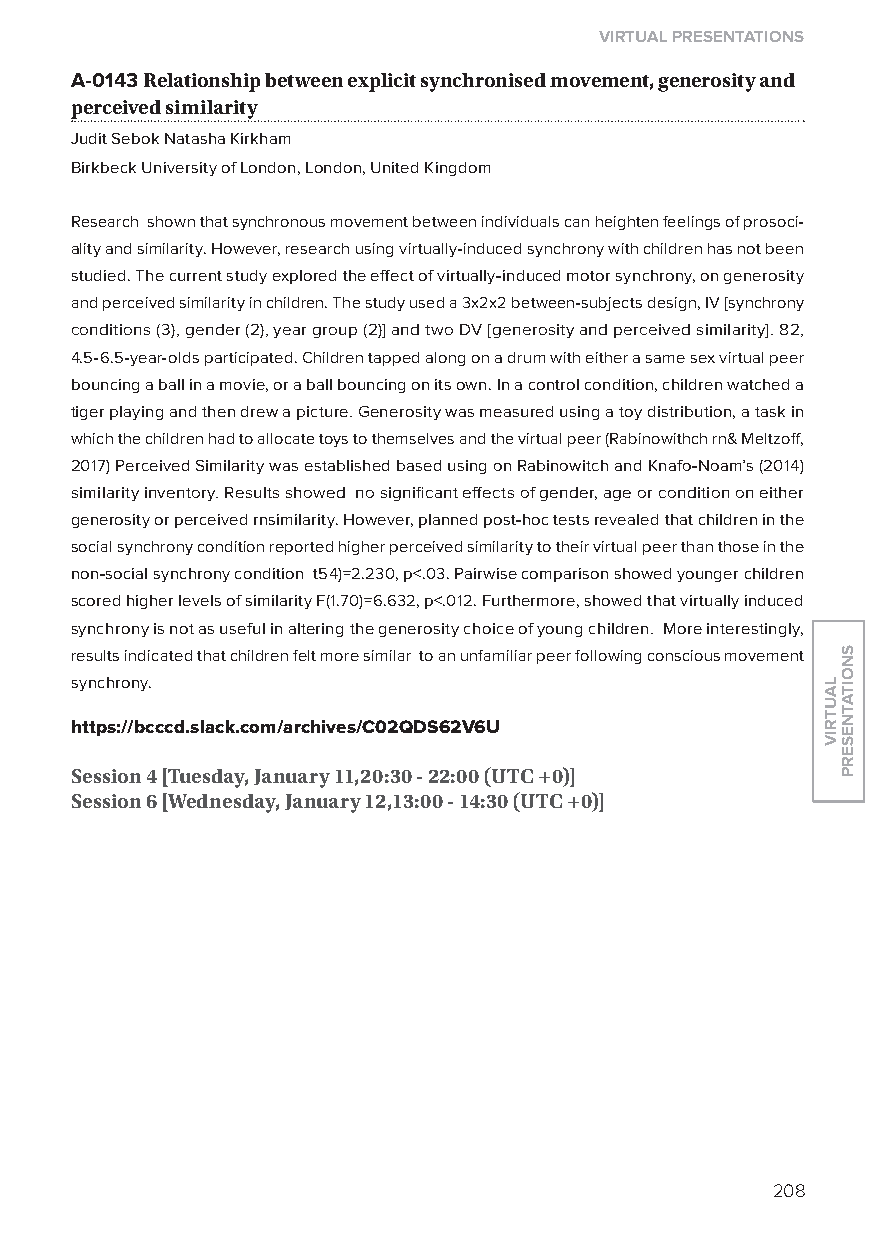
virtual presentations
 A-0143 relationship between explicit synchronised movement, generosity and
 perceived similarity
 Judit Sebok Natasha Kirkham
 Birkbeck University of london, london, United Kingdom
 Research shown that synchronous movement between individuals can heighten feelings of prosoci-
 ality and similarity. However, research using virtually-induced synchrony with children has not been
 studied. The current study explored the effect of virtually-induced motor synchrony, on generosity
 and perceived similarity in children. The study used a 3x2x2 between-subjects design, IV [synchrony
 conditions (3), gender (2), year group (2)] and two DV [generosity and perceived similarity]. 82,
 4.5-6.5-year-olds participated. Children tapped along on a drum with either a same sex virtual peer
 bouncing a ball in a movie, or a ball bouncing on its own. In a control condition, children watched a
 tiger playing and then drew a picture. Generosity was measured using a toy distribution, a task in
 which the children had to allocate toys to themselves and the virtual peer (Rabinowithch rn& Meltzoff,
 2017) Perceived Similarity was established based using on Rabinowitch and Knafo-Noam’s (2014)
 similarity inventory. Results showed no significant effects of gender, age or condition on either
 generosity or perceived rnsimilarity. However, planned post-hoc tests revealed that children in the
 social synchrony condition reported higher perceived similarity to their virtual peer than those in the
 non-social synchrony condition t54)=2.230, p<.03. Pairwise comparison showed younger children
 scored higher levels of similarity F(1.70)=6.632, p<.012. Furthermore, showed that virtually induced
 synchrony is not as useful in altering the generosity choice of young children. More interestingly,
 results indicated that children felt more similar to an unfamiliar peer following conscious movement
 synchrony.
 https://bcccd.slack.com/archives/C02Qds62v6u
 session 4 [tuesday, January 11,20:30 - 22:00 (utC +0)]
 session 6 [Wednesday, January 12,13:00 - 14:30 (utC +0)]
 208
 lautriv
 snoitatneserp